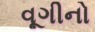
વૂગીનો